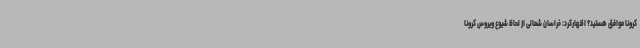
کرونا موافق هستید؟ اظهارکرد: خراسان شمالی از لحاظ شیوع ویروس کرونا